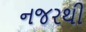
નજરથી